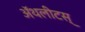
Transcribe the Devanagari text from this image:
ॲथलीटस्